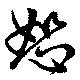
恕